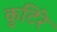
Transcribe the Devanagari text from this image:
कुटिरे